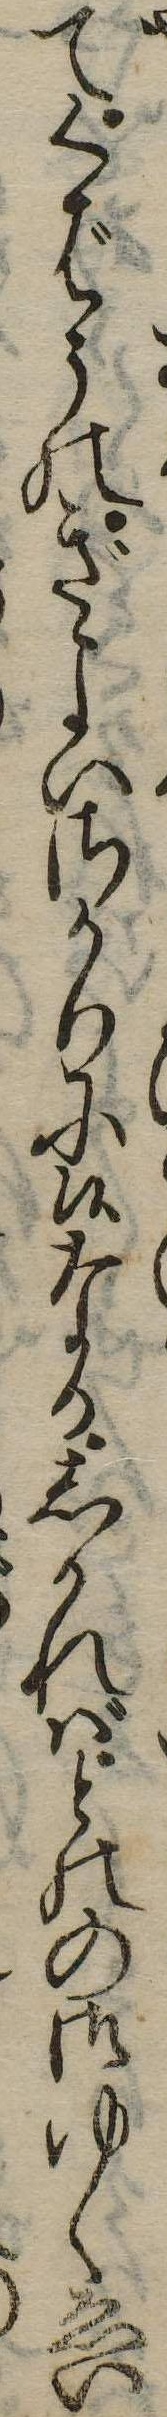
てくばうのぎよいさかりに候なりしかればとのの御ゆくゑい